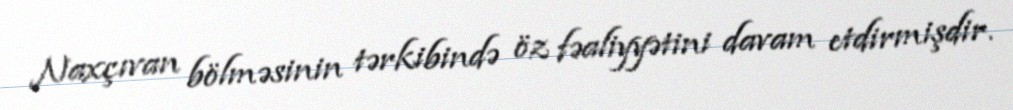
Naxçıvan bölməsinin tərkibində öz fəaliyyətini davam etdirmişdir.